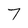
Character: 7